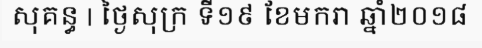
សុគន្ធ | ថ្ងៃសុក្រ ទី១៩ ខែមករា ឆ្នាំ២០១៨